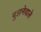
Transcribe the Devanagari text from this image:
बुझनेवाले